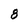
Character: 8